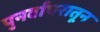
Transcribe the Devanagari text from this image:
पुनर्वापरातून